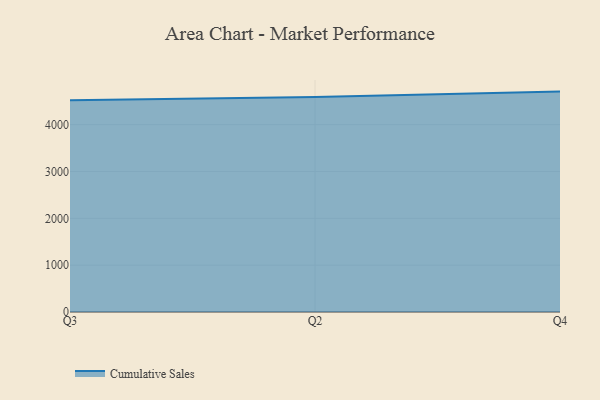
{"axis": {"x": "Quarter", "y": "Market Share (%)"}, "legend": ["Cumulative Sales"], "data": [{"x": "Q3", "y": 4522.2, "type": "Cumulative Sales"}, {"x": "Q2", "y": 4589.7, "type": "Cumulative Sales"}, {"x": "Q4", "y": 4704.7, "type": "Cumulative Sales"}]}